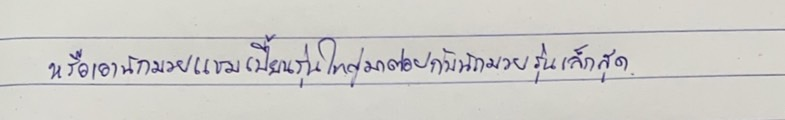
หรือเอานักมวยแชมเปี้ยนรุ่นใหญ่มาต่อยกับนักมวยรุ่นเล็กสุด